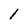
Character: 1